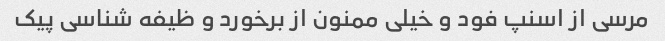
مرسی از اسنپ فود و خیلی ممنون از برخورد و ظیفه شناسی پیک